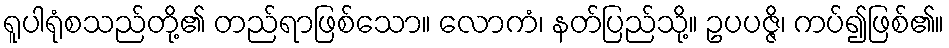
ရူပါရုံစသည်တို့၏ တည်ရာဖြစ်သော။ လောကံ၊ နတ်ပြည်သို့။ ဥပပဇ္ဇိ၊ ကပ်၍ဖြစ်၏။